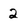
Character: 2